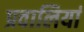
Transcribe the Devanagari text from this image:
प्रवालियां